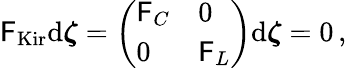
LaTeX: \begin{array}{r}{\mathsf{F}_{\mathrm{Kir}}\mathrm{d}\boldsymbol{\zeta}=\left(\begin{array}{ll}{\mathsf{F}_{C}}&{0}\\ {0}&{\mathsf{F}_{L}}\end{array}\right)\mathrm{d}\boldsymbol{\zeta}=0\, ,}\end{array}